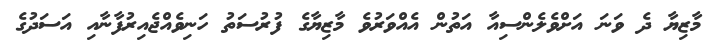
މާޒިޔާ ދެ ވަނަ އަށްވެލެންސިއާ އަތުން އެއްވަރުވެ މާޒިޔާގެ ފުރުސަތު ހަނިވެއްޖެއިރުފާނާއި އަސަދުގެ